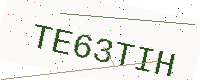
Text: TE63TIH